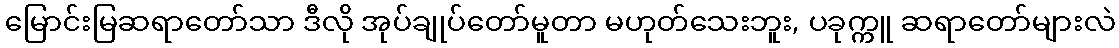
မြောင်းမြဆရာတော်သာ ဒီလို အုပ်ချုပ်တော်မူတာ မဟုတ်သေးဘူး, ပခုက္ကူ ဆရာတော်များလဲ